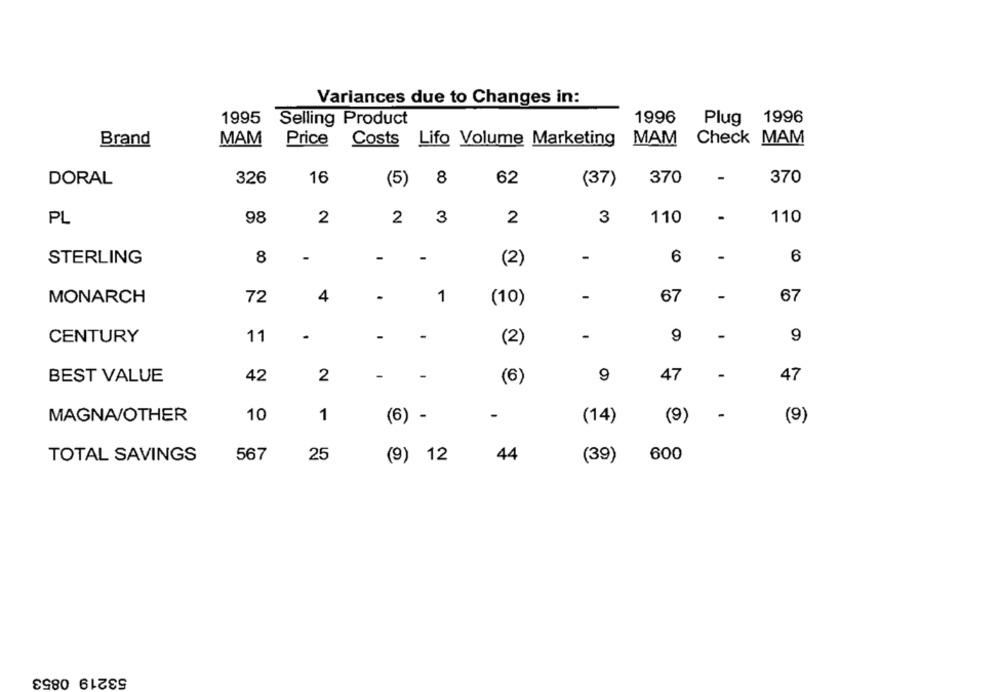
Variances due to Changes in:
1995 Selling Product
1996
Plug 1996
Brand
MAM
Price
Costs Lifo Volume Marketing
MAM
Check MAM
326
16
8
62
370
-
370
DORAL
(5)
(37)
PL
98
2
2
3
2
3
110
110
-
STERLING
8
-
(2)
-
6
-
6
72
4
1
-
67
-
67
MONARCH
(10)
CENTURY
11
-
-
9
-
9
(2)
-
BEST VALUE
42
2
(6)
9
47
-
47
MAGNA/OTHER
10
1
(6) -
-
(14)
(9)
-
(9)
TOTAL SAVINGS
567
25
600
(9) 12
44
(39)
53219 0853